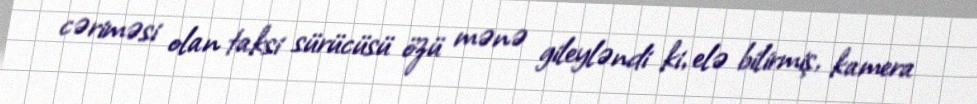
cəriməsi olan taksi sürücüsü özü mənə gileyləndi ki, elə bilirmiş, kamera